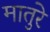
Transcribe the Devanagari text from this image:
मातुरे